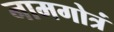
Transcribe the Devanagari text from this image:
नामगोत्रं